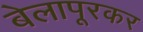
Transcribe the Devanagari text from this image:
बेलापूरकर